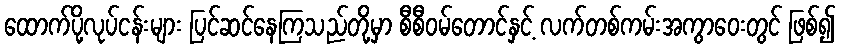
ထောက်ပို့လုပ်ငန်းများ ပြင်ဆင်နေကြသည်တို့မှာ စီစီဝမ်တောင်နှင့် လက်တစ်ကမ်းအကွာဝေးတွင် ဖြစ်၍